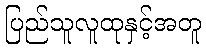
ပြည်သူလူထုနှင့်အတူ